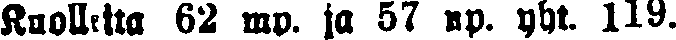
Kuolleita 62 mp. ja 57 np. yht. 119.